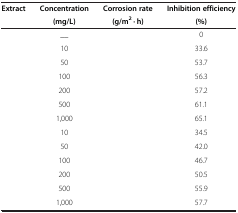
<table><thead><tr><td rowspan="2"><b>Extract</b></td><td><b>Concentration</b></td><td><b>Corrosion rate</b></td><td><b>Inhibition efficiency</b></td></tr><tr><td><b>(mg/L)</b></td><td><b>(g/m<sup>2</sup> · h)</b></td><td><b>(%)</b></td></tr></thead><tbody><tr><td>[EMPTY_CELL]</td><td>__</td><td>[EMPTY_CELL]</td><td>0</td></tr><tr><td>[EMPTY_CELL]</td><td>10</td><td>[EMPTY_CELL]</td><td>33.6</td></tr><tr><td>[EMPTY_CELL]</td><td>50</td><td>[EMPTY_CELL]</td><td>53.7</td></tr><tr><td>[EMPTY_CELL]</td><td>100</td><td>[EMPTY_CELL]</td><td>56.3</td></tr><tr><td>[EMPTY_CELL]</td><td>200</td><td>[EMPTY_CELL]</td><td>57.2</td></tr><tr><td>[EMPTY_CELL]</td><td>500</td><td>[EMPTY_CELL]</td><td>61.1</td></tr><tr><td>[EMPTY_CELL]</td><td>1,000</td><td>[EMPTY_CELL]</td><td>65.1</td></tr><tr><td>[EMPTY_CELL]</td><td>10</td><td>[EMPTY_CELL]</td><td>34.5</td></tr><tr><td>[EMPTY_CELL]</td><td>50</td><td>[EMPTY_CELL]</td><td>42.0</td></tr><tr><td>[EMPTY_CELL]</td><td>100</td><td>[EMPTY_CELL]</td><td>46.7</td></tr><tr><td>[EMPTY_CELL]</td><td>200</td><td>[EMPTY_CELL]</td><td>50.5</td></tr><tr><td>[EMPTY_CELL]</td><td>500</td><td>[EMPTY_CELL]</td><td>55.9</td></tr><tr><td>[EMPTY_CELL]</td><td>1,000</td><td>[EMPTY_CELL]</td><td>57.7</td></tr></tbody></table>